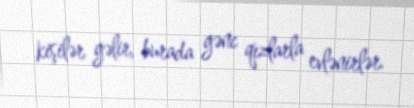
kişilər gəlir, burada gənc qızlarla evlənirlər.